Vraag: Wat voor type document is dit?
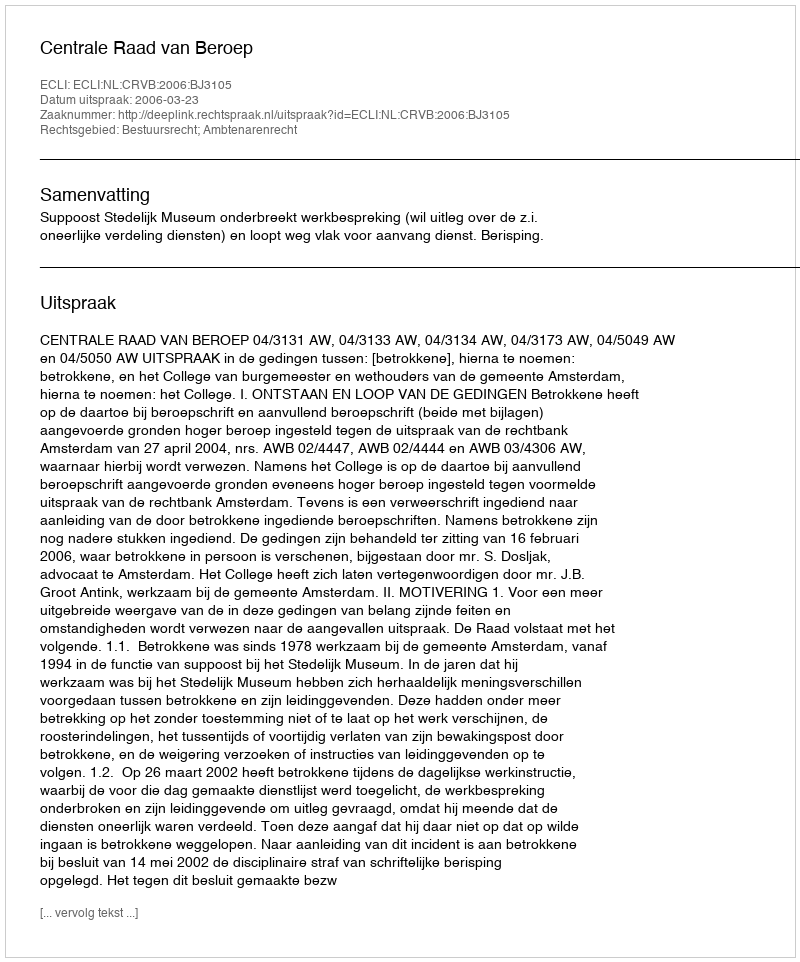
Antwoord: Uitspraak